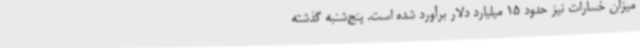
میزان خسارات نیز حدود 15 میلیارد دلار برآورد شده است. پنج‌شنبه گذشته